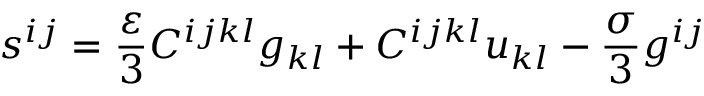
s ^ { i j } = \frac { \varepsilon } 3 C ^ { i j k l } g _ { k l } + C ^ { i j k l } u _ { k l } - \frac { \sigma } 3 g ^ { i j }